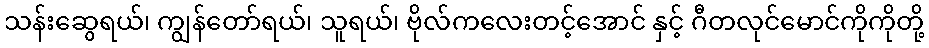
သန်းဆွေရယ်၊ ကျွန်တော်ရယ်၊ သူရယ်၊ ဗိုလ်ကလေးတင့်အောင် နှင့် ဂီတလုင်မောင်ကိုကိုတို့